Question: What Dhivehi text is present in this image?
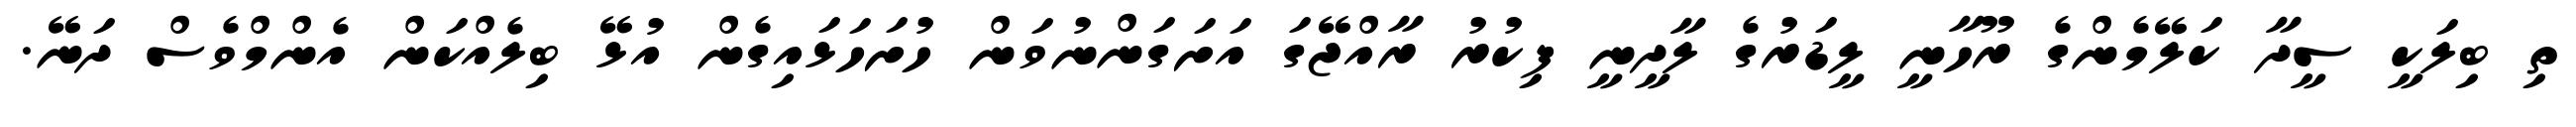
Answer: ތި ބިލަކީ ސީދާ ކަލޭމެންގެ ރޫހާނީ ލީޑަރުގެ ލާދީނީ ފިކުރު ރާއްޖޭގަ އަށަގަންނުވަން ހުށަހަޅައިގެން އުޅޭ ބިލެއްކަން އެންމްވެސް ދަނޭ.